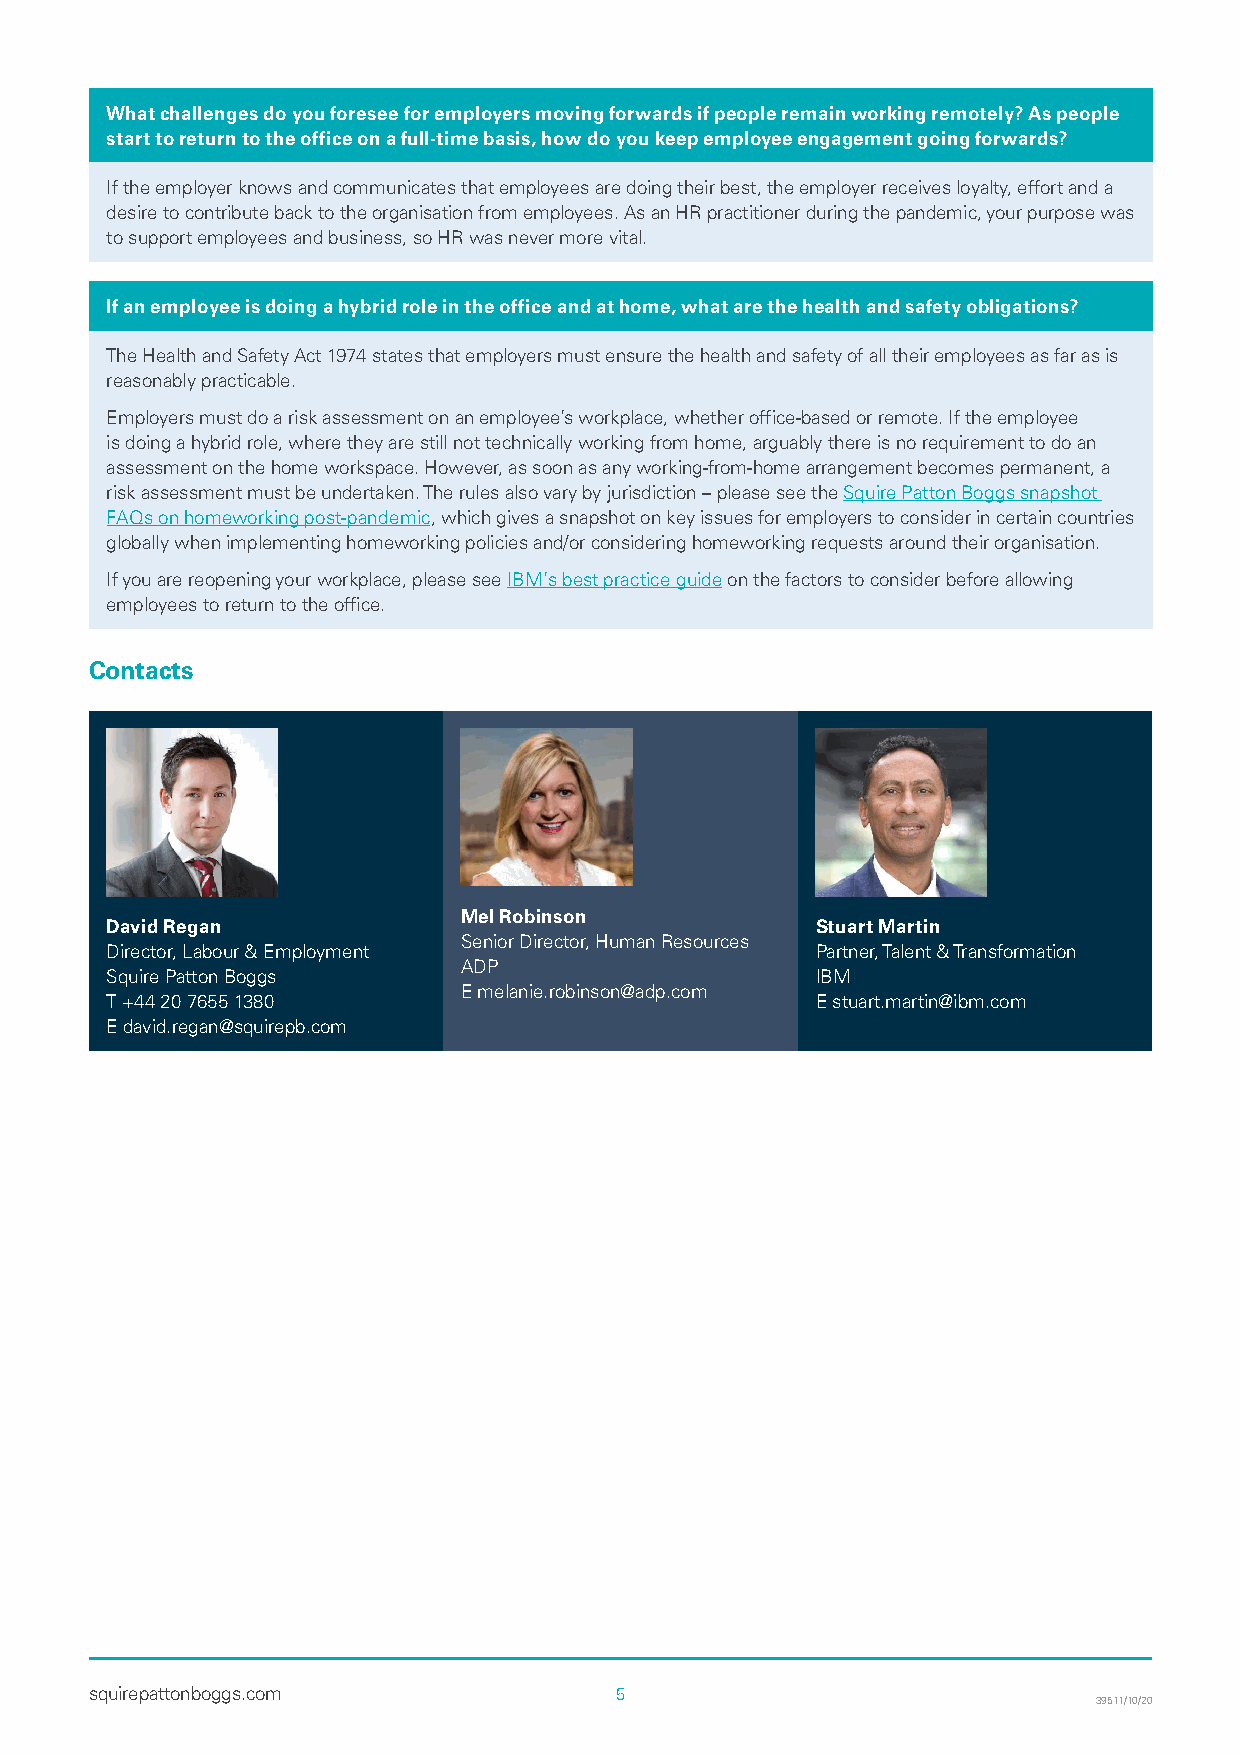
What challenges do you foresee for employers moving forwards if people remain working remotely? As people
 start to return to the office on a full-time basis, how do you keep employee engagement going forwards?
 If the employer knows and communicates that employees are doing their best, the employer receives loyalty, effort and a
 desire to contribute back to the organisation from employees. As an HR practitioner during the pandemic, your purpose was
 to support employees and business, so HR was never more vital.
 If an employee is doing a hybrid role in the office and at home, what are the health and safety obligations?
 The Health and Safety Act 1974 states that employers must ensure the health and safety of all their employees as far as is
 reasonably practicable.
 Employers must do a risk assessment on an employee’s workplace, whether office-based or remote. If the employee
 is doing a hybrid role, where they are still not technically working from home, arguably there is no requirement to do an
 assessment on the home workspace. However, as soon as any working-from-home arrangement becomes permanent, a
 risk assessment must be undertaken. The rules also vary by jurisdiction – please see the Squire Patton Boggs snapshot
 FAQs on homeworking post-pandemic, which gives a snapshot on key issues for employers to consider in certain countries
 globally when implementing homeworking policies and/or considering homeworking requests around their organisation.
 If you are reopening your workplace, please see IBM’s best practice guide on the factors to consider before allowing
 employees to return to the office.
 Contacts
 Mel Robinson
 David Regan                                    Stuart Martin
 Senior Director, Human Resources
 Director, Labour & Employment                  Partner, Talent & Transformation
 ADP
 Squire Patton Boggs                            IBM
 E melanie.robinson@adp.com
 T +44 20 7655 1380                             E stuart.martin@ibm.com
 E david.regan@squirepb.com
 squirepattonboggs.com              5
 39511/10/20